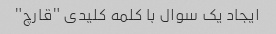
ایجاد یک سوال با کلمه کلیدی "قارچ"